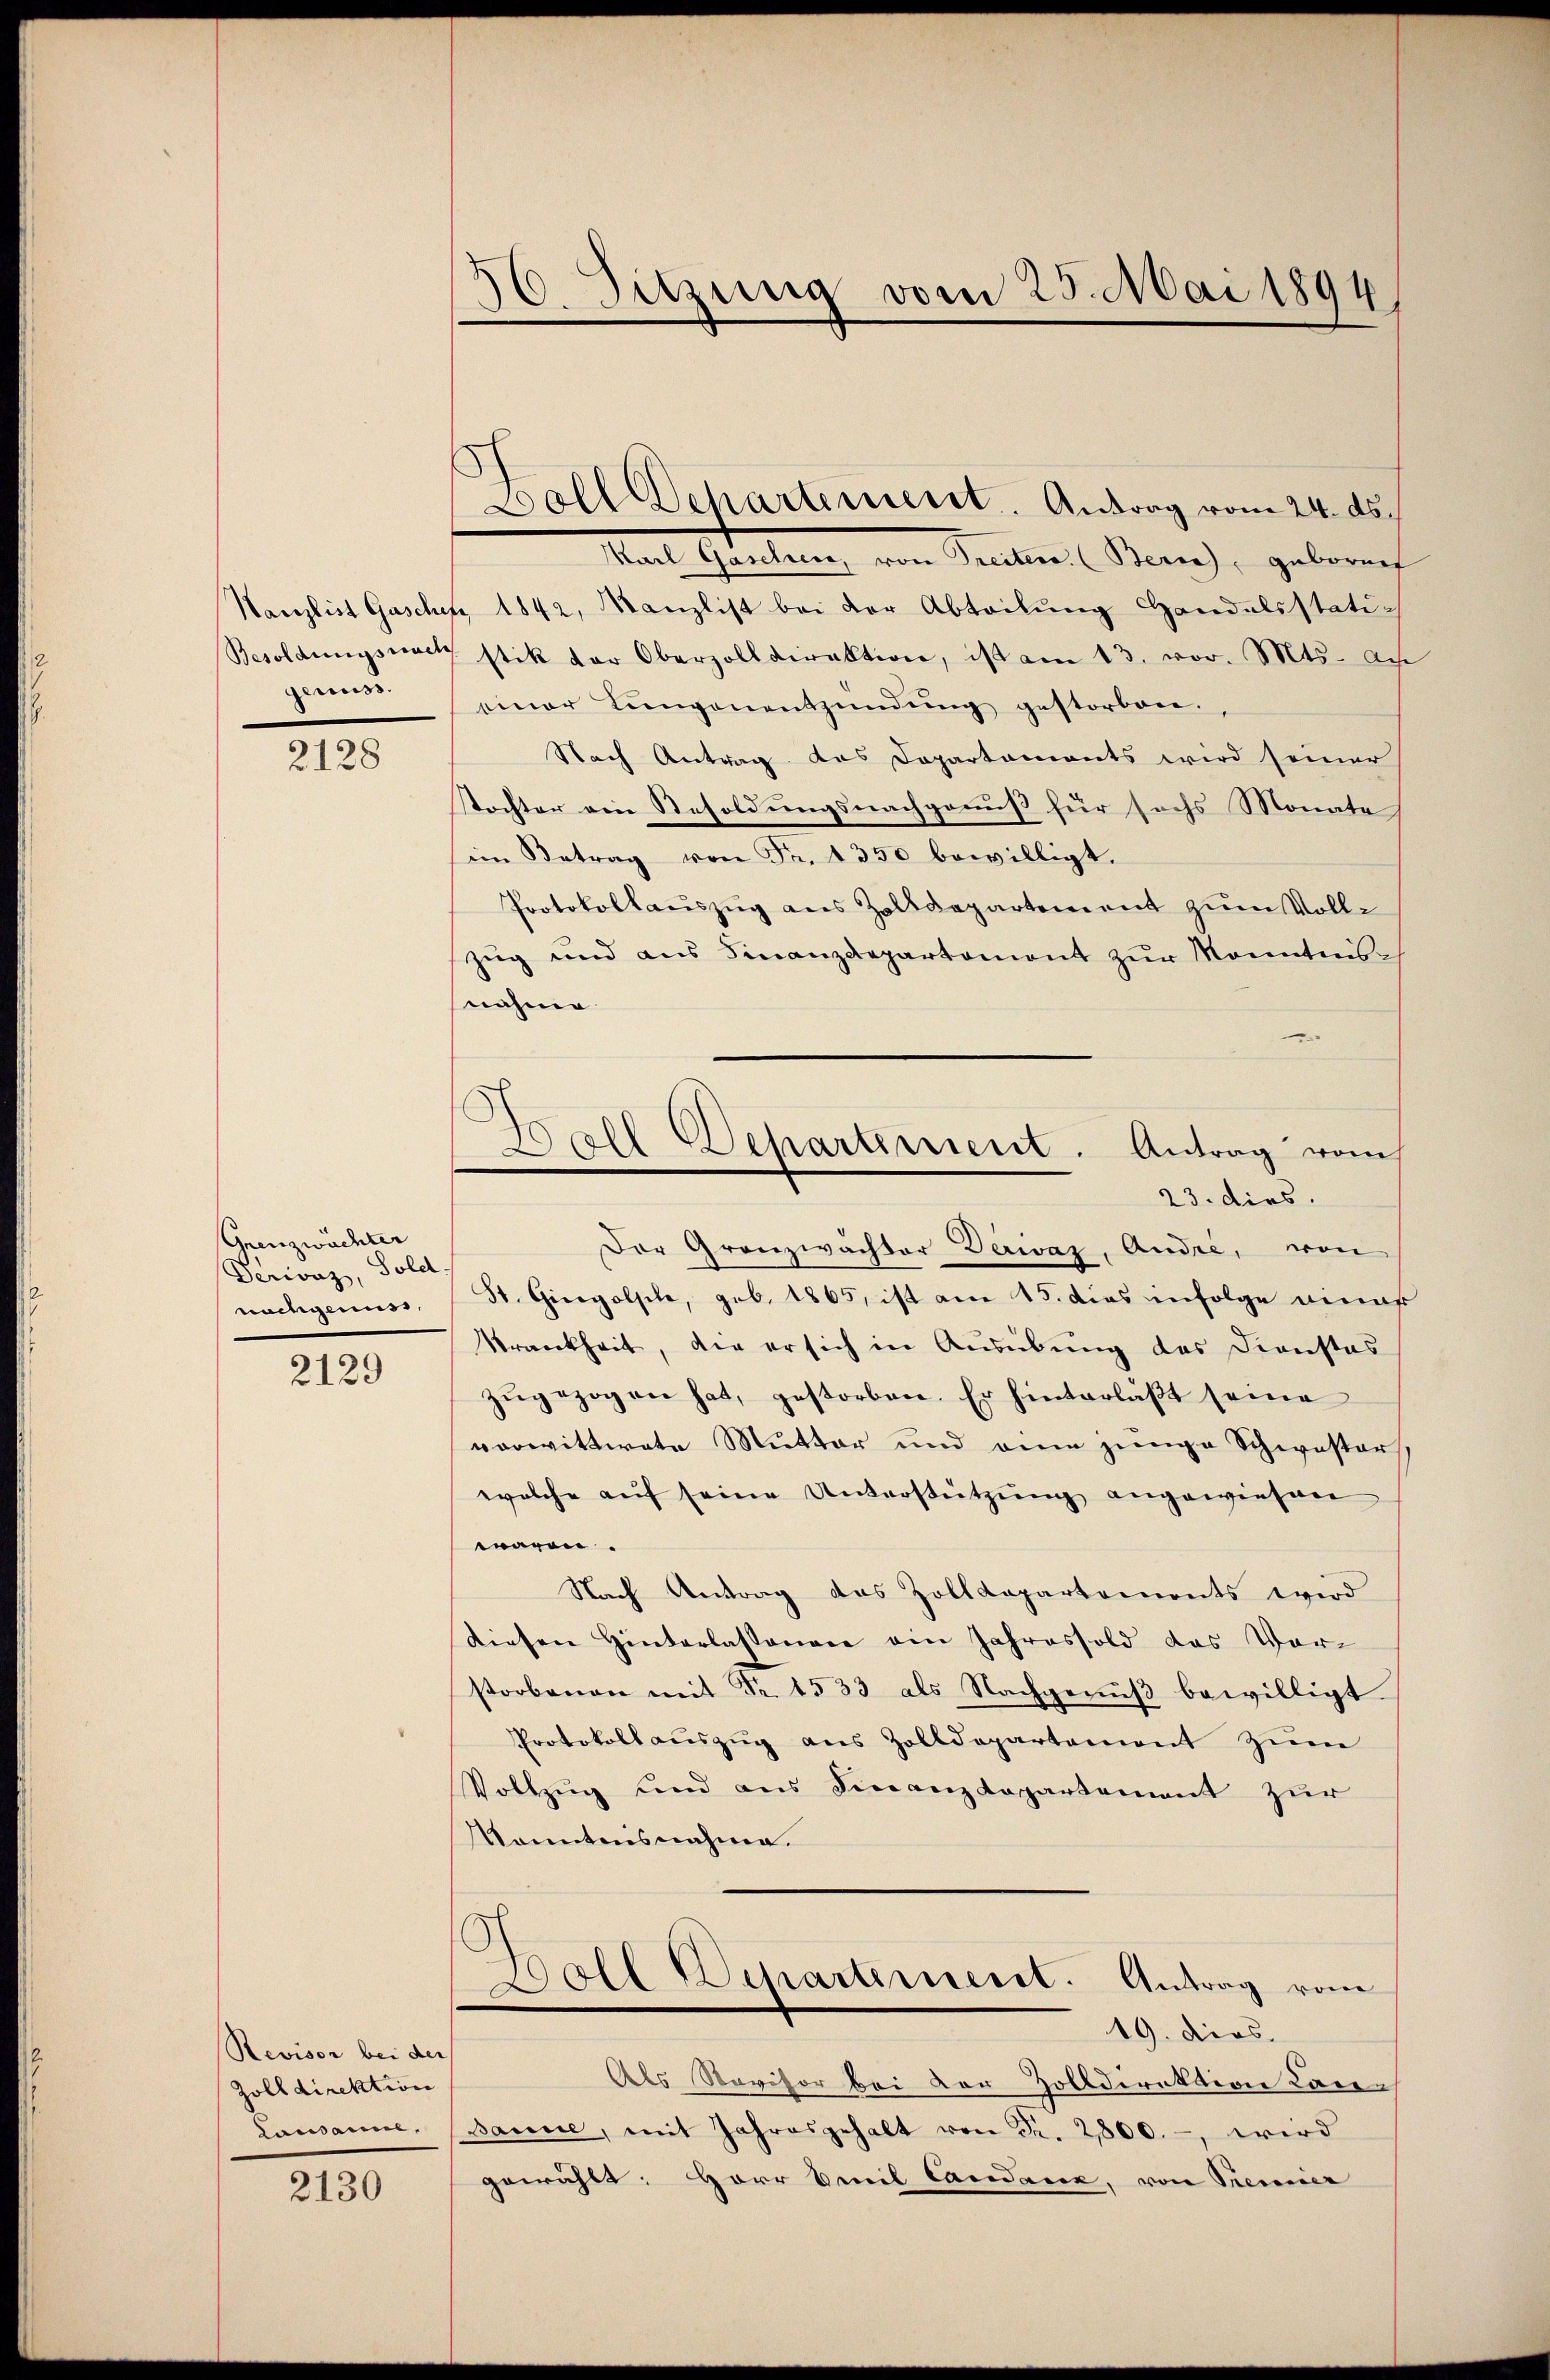
genuss.

2128

Grenzwachter
Serivaz, Sold.
nachgenuss

2129

Revisor bei der
Zolldirektion
Lausanne.

2130

56. Sitzung vom 25. Mai 1894.

Boll Departement. Antrag vom 24. ds.

Karl Gaselsen, von Treiter (Bern, gebornet
Wanzlist Gaschefz 1842, Kanzlist bei der Abteilung Handelsstati¬
Besoldungsnach stik der Oberzolldirektion, ist am 13. vor. Mts. an
einer Lungenentzündung gestorben.
Nach Antrag das Departaments wird seiner
stochter ein Resoldungsnachgenuß für sechs Monate
im Betrag von Fr. 1350 bewilligt.
Protokollauszug aus Zolldepartement zum Vollz
Zug und aus Finanzdepartemont zur Monntens-
nahme
.
Der Granzwächter Darwaz, Andre, von
St. Gingolphe, geb. 1865, ist am 15. dies infolge eina
Krankheit, die er sich in Ausübung des Dienstos
zŭgezogen hat, gestorben. Er hinterlaßt seine
verwittwete Mutter und eine junge Schwester
welche auf seine Unterstützung angewiesen
wären.
Nach Antrag des Zolldepartements wird
diesen Hinterlassenare ein Jahressold das Vor-
storbenen mit Nr. 1533 als Nachgenuß bewilligt
Protokoll aŭszŭg ans Zolldepartement zŭm
Vollzug und aus Finanzdepartement zur
Kenntnisnahme.
9
oll Departement. Antrag vom
19. dies
Als Revisor bei der Zolldirektive Laien
Banne, mit Jahresgehalt von Fr. 2800.-, wird
gewählt: Herr Breil Cacidare, von Trenner

d
all Departement. Antrag vom
23. dies.